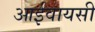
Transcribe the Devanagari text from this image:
आईवायसी